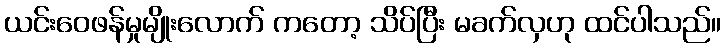
ယင်းဝေဖန်မှုမျိုးလောက် ကတော့ သိပ်ပြီး မခက်လှဟု ထင်ပါသည်။